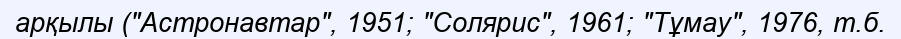
арқылы ("Астронавтар", 1951; "Солярис", 1961; "Тұмау", 1976, т.б.